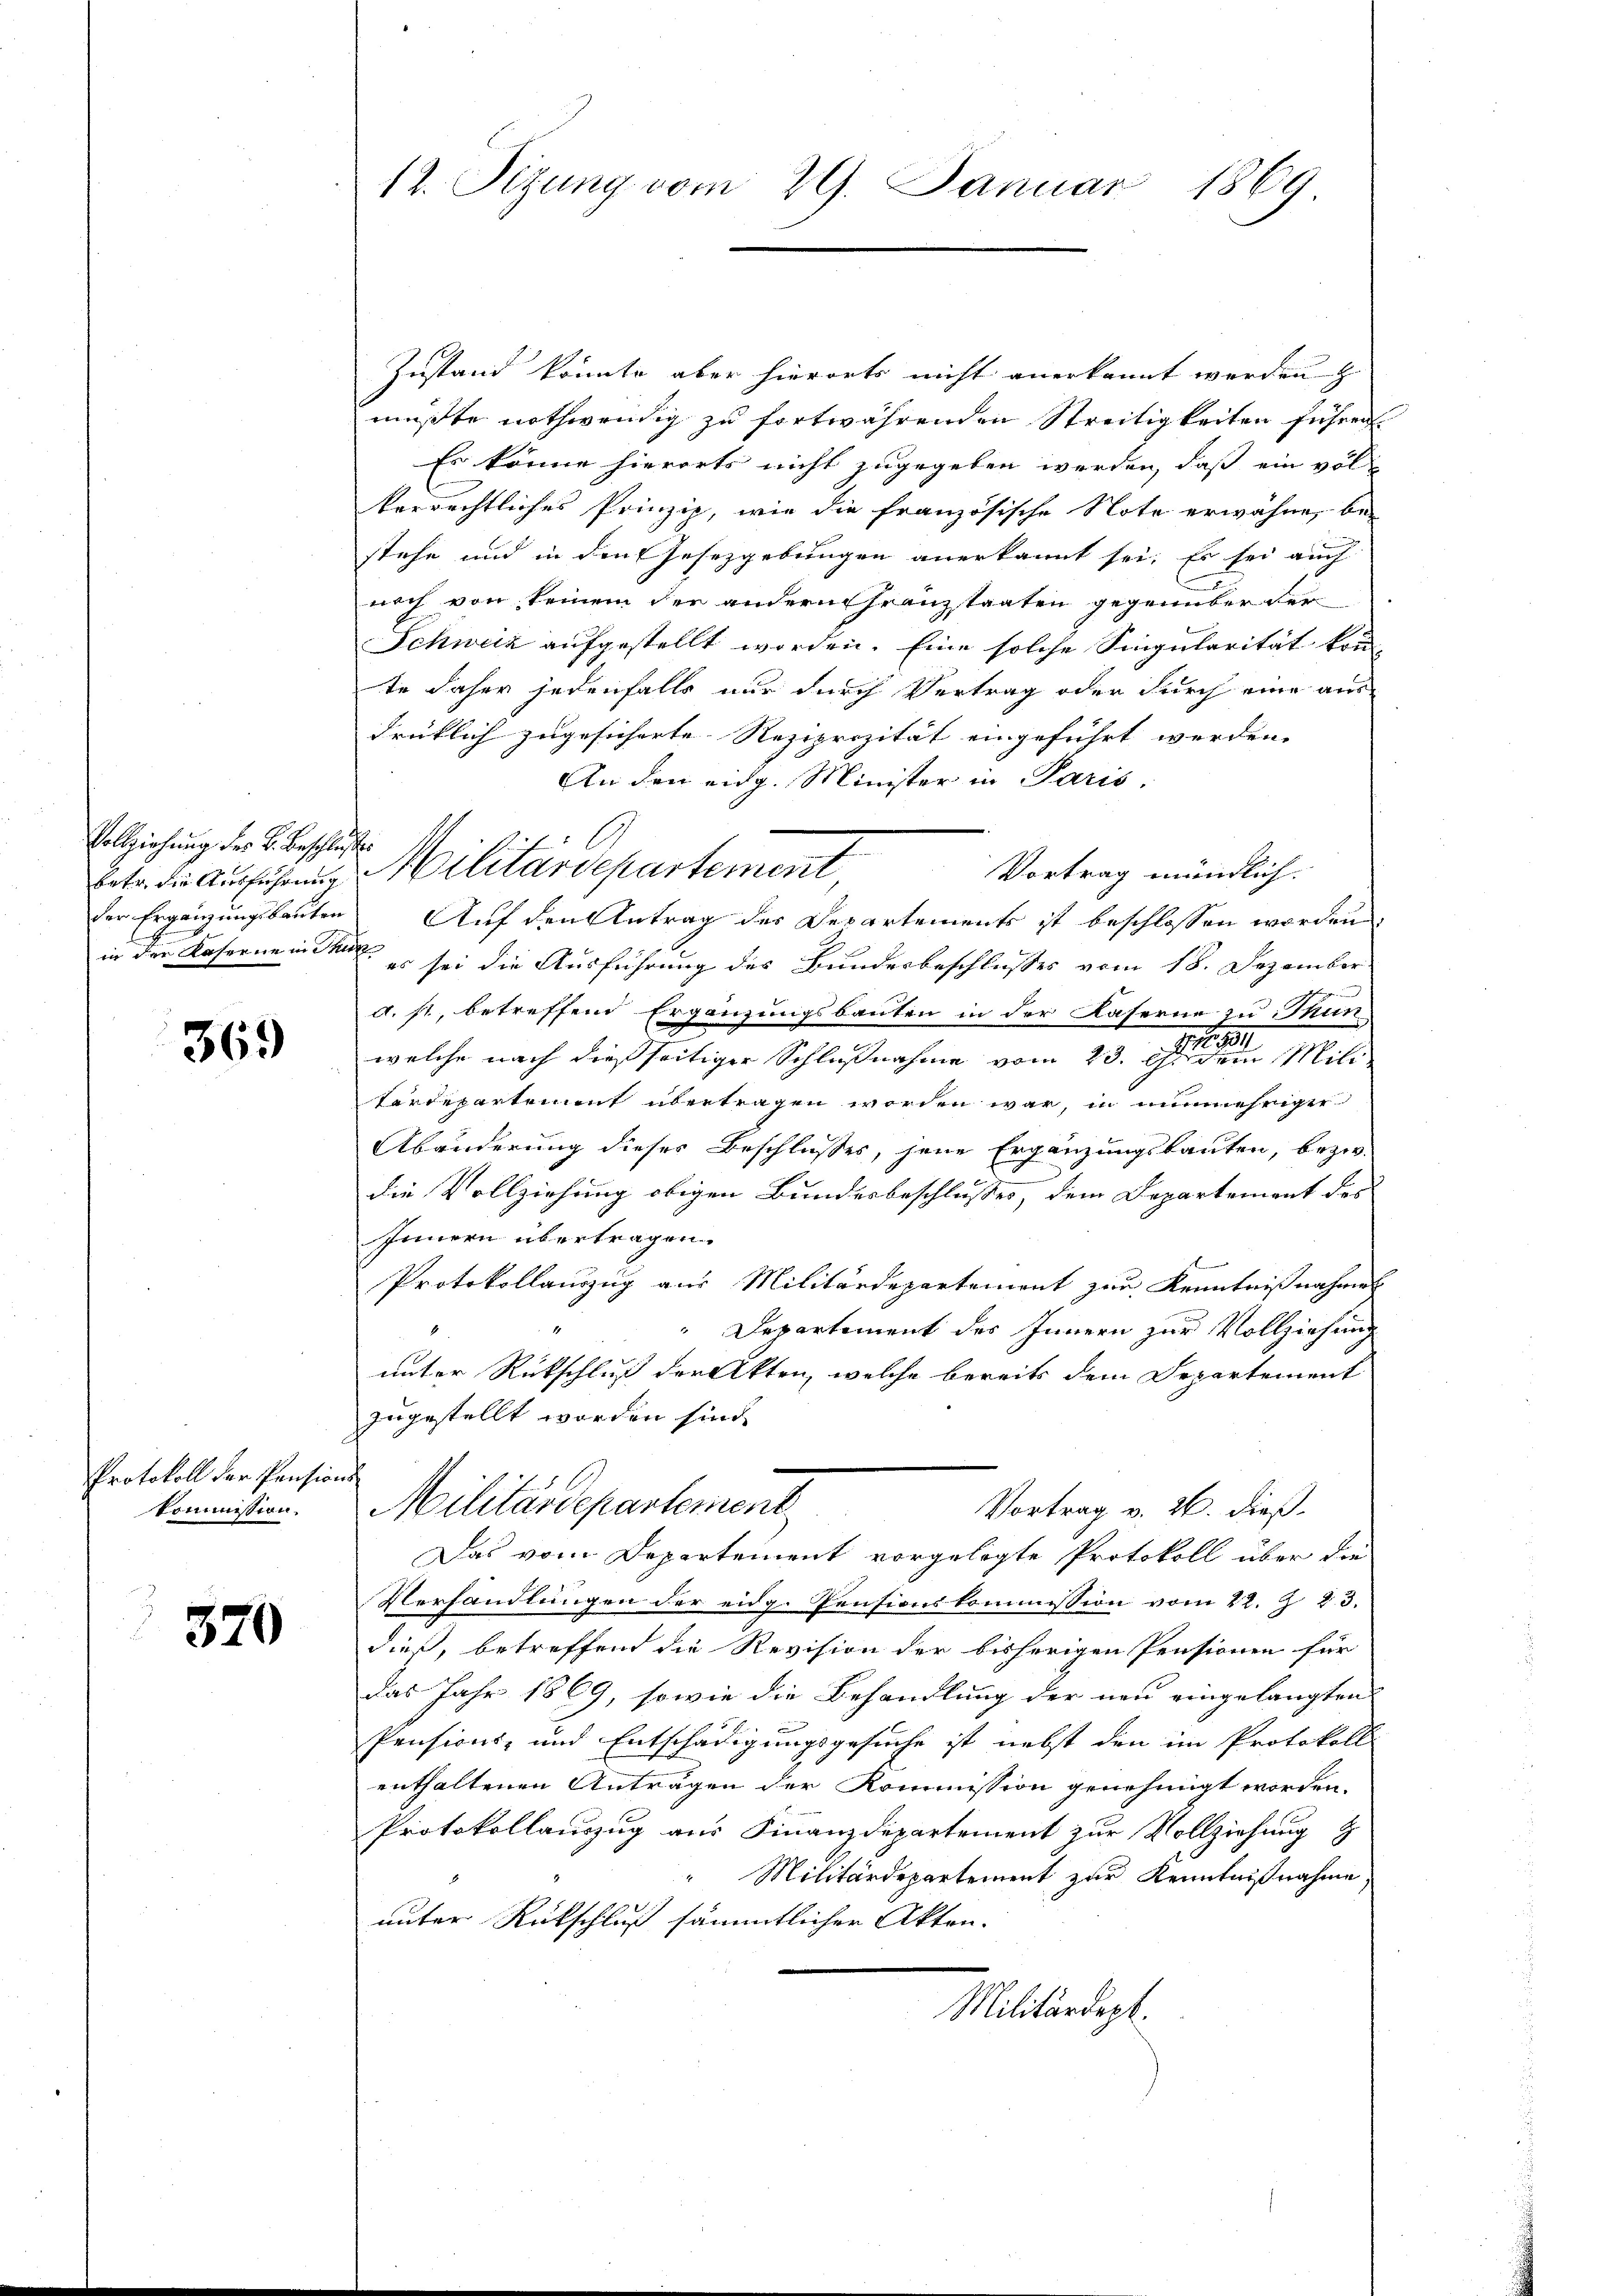
Vollziehung des L. Beschlusses
betr. die Ausführung
1

369

Protokoll der Pensions
Kommission.

320

12. Sitzung vom 29. Januar 1869

Zustand könnte aber hierorts nicht anerkannt werden
mußte nothwendig zu fortwährenden Streitigkeiten führen.
Es könne hierorts nicht zugegeben werden, daß ein vol
verrechtliches Prinzip, wie die französische Note erwähne, bei
2
stehe und in den Gesetzgebungen anerkannt sei. Es sei auch
noch von keinem der andern Granzstaaten gegenüber der
Schweiz aufgestellt worden. Eine solche Singularität kon
te daher jedenfalls nur durch Vertrag oder durch eine aus
drüklich zugesicherte Reziprizität eingeführt werden.
An den eidg. Minister in Paris.
Vortrag mündlich.
der Ergänzungsbauten Auf den Antrag des Departements ist beschlossen worden,
in der Kaserne in eine es sei die Ausführung des Bundesbeschlusses vom 18. Dezember.
d. st, betreffend Ergänzungsbauten in der Kaserne zu Thun
welche nach dießseitiger Schlußnahme vom 23. die Mili
Cardepartement übertragen worden war, in nunmehriger
Abänderung dieses Beschlusses, jene Ergänzungsbauten, bezw.
die Vollziehung obigen Bundesbeschlusses, dem Departement des
Innern übertragen.
Protokollauszug aus Militärdepartement zur Kenntnißnahmes
Departement des Innern zur Vollziehung
unter Rückschluß der Akten, welche bereits dem Departement
zugestellt worden sind.
Militärdepartement
Vortrag v. 26. dieß.
Das vom Departement vorgelegte Protokoll über die
Verhandlungen der eidg. Pensionskommission vom 22. Z. 23.
dieß, betreffend die Revision der bisherigen Pensionen für
das Jahr 1869, sowie die Behandlung der neu eingelangten
Pensions- und Entschädigungsgesuche ist nebst den im Protokoll
enthaltenen Anträgen der Kommission genehmigt worden.
Protokollauszug aus Finanzdepartement zur Vollziehung &
Militärdepartement zur Kenntnißnahme
unter Rückschluß sämmtlicher Akten.
Militärdept.

Militärdepartement,